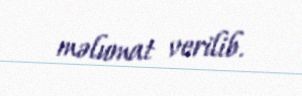
məlumat verilib.